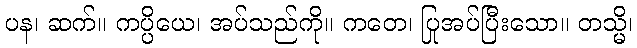
ပန၊ ဆက်။ ကပ္ပိယေ၊ အပ်သည်ကို။ ကတေ၊ ပြုအပ်ပြီးသော။ တသ္မိ၊